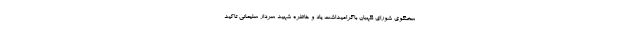
سخنگوی شورای نگهبان باگرامیداشت یاد و خاطره شهید سردار سلیمانی تاکید